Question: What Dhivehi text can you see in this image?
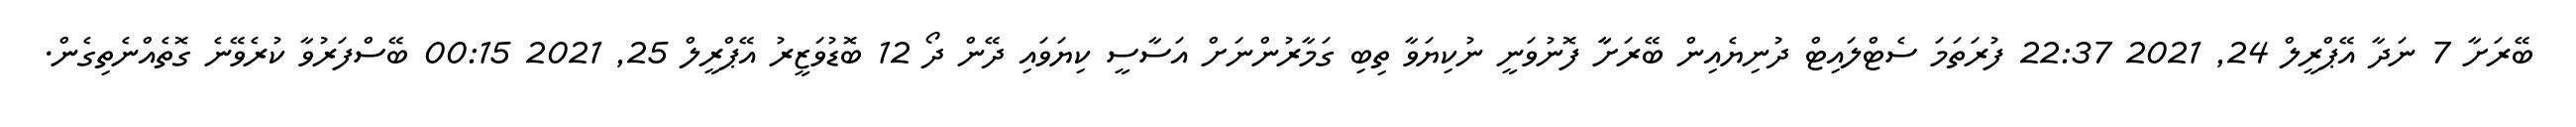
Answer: ބޭރަށާ 7 ނަދާ އޭޕްރީލް 24, 2021 22:37 ފުރަތަމަ ސެޓްލައިޓް ދުނިޔެއިން ބޭރަށާާ ފޮނުވަނީ ނުކިޔަވާ ތިބި ގަމާރުންނަށް އަސާސީ ކިޔަވައި ދޭން ދޯ 12 ބޮޑުވަޒީރު އޭޕްރީލް 25, 2021 00:15 ބޭސްފަރުވާ ކުރެވޭނެ ގޮތެއްނެތިގެން.